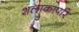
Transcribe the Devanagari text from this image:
शलाकापरि